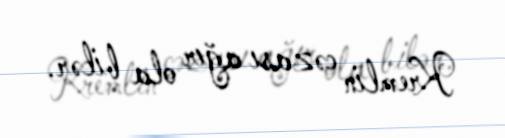
Kremlin cəzası ağır ola bilər.